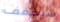
سيخفف